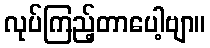
လုပ်ကြည့်တာပေါ့ဗျာ။